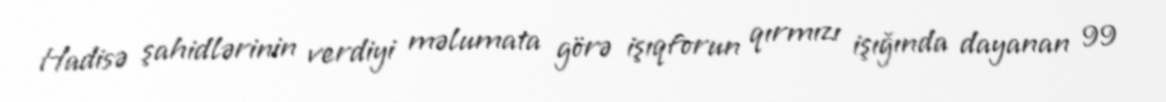
Hadisə şahidlərinin verdiyi məlumata görə işıqforun qırmızı işığında dayanan 99